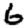
Digit: 6